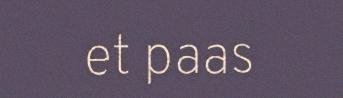
et paas